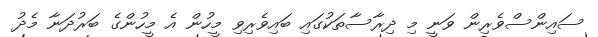
ސައިންސްވެރިން ވަނީ މި ދިރާސާތަކުގައި ބައިވެރިވި މީހުން އެ މީހުންގެ ބަރުދަނާ މެދު